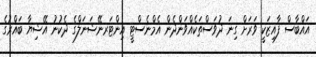
އައްބާސް ފާއިޒަކީ ވަރަށް ގިނަ ދުވަސްތަކެއްވަންދެން އެމްނެސްޓީ އިންޓަރނޭޝަނަލްގެ ދެކުނު އޭޝިޔާ ބައްރުގެ